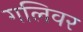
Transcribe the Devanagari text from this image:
गलिवर